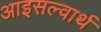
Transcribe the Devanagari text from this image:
आइसल्वार्थ